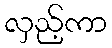
လှည့်ကာ